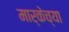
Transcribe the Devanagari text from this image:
मार्केच्या